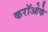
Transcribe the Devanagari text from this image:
करॉओके